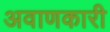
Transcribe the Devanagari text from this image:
अवाणकारी